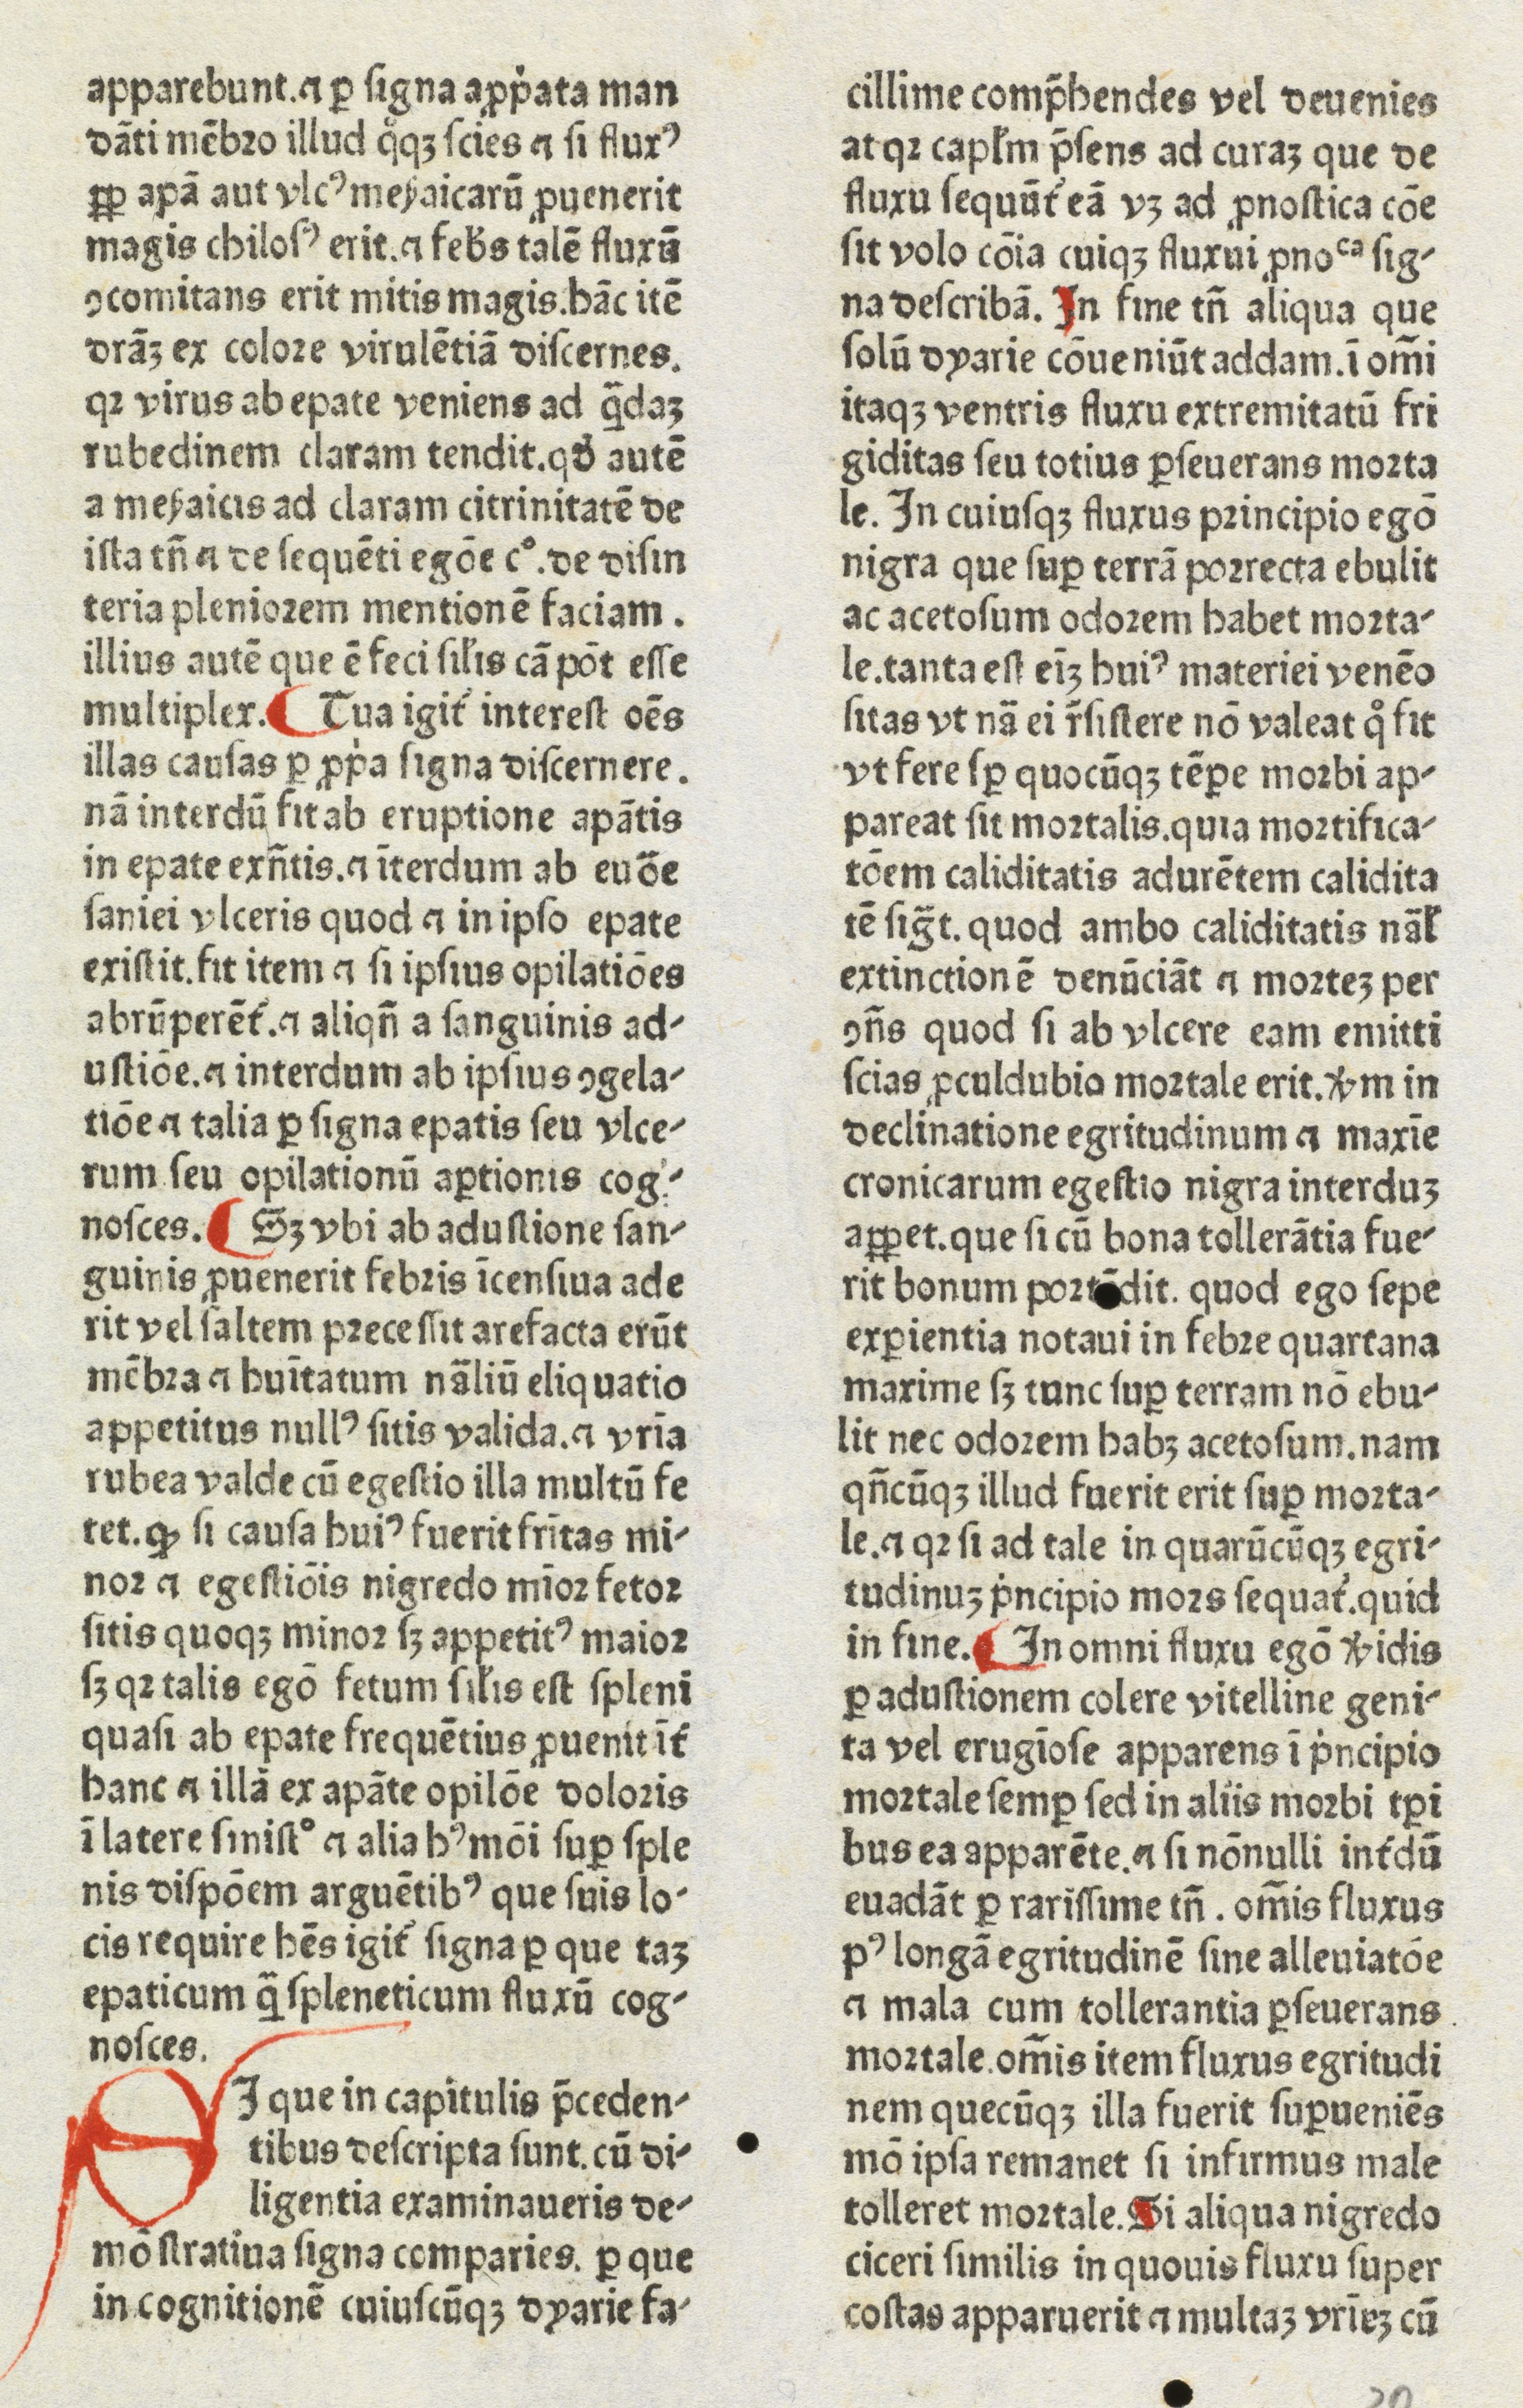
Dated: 1480–1470